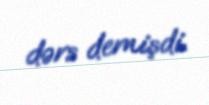
dərs demişdi.